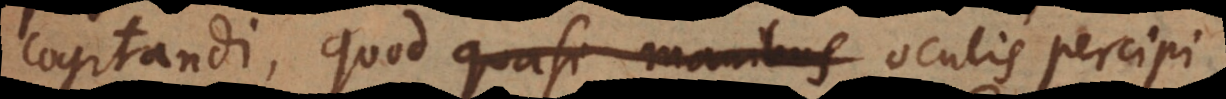
cogitandi, quod quasi manibus oculis percipi